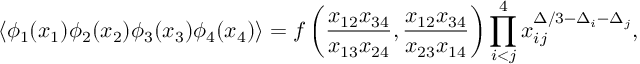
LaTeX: \langle \phi _ { 1 } ( x _ { 1 } ) \phi _ { 2 } ( x _ { 2 } ) \phi _ { 3 } ( x _ { 3 } ) \phi _ { 4 } ( x _ { 4 } ) \rangle = f \left( \frac { x _ { 1 2 } x _ { 3 4 } } { x _ { 1 3 } x _ { 2 4 } } , \frac { x _ { 1 2 } x _ { 3 4 } } { x _ { 2 3 } x _ { 1 4 } } \right) \prod _ { i < j } ^ { 4 } x _ { i j } ^ { \Delta / 3 - \Delta _ { i } - \Delta _ { j } } ,